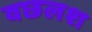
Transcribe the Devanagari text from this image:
वछलश